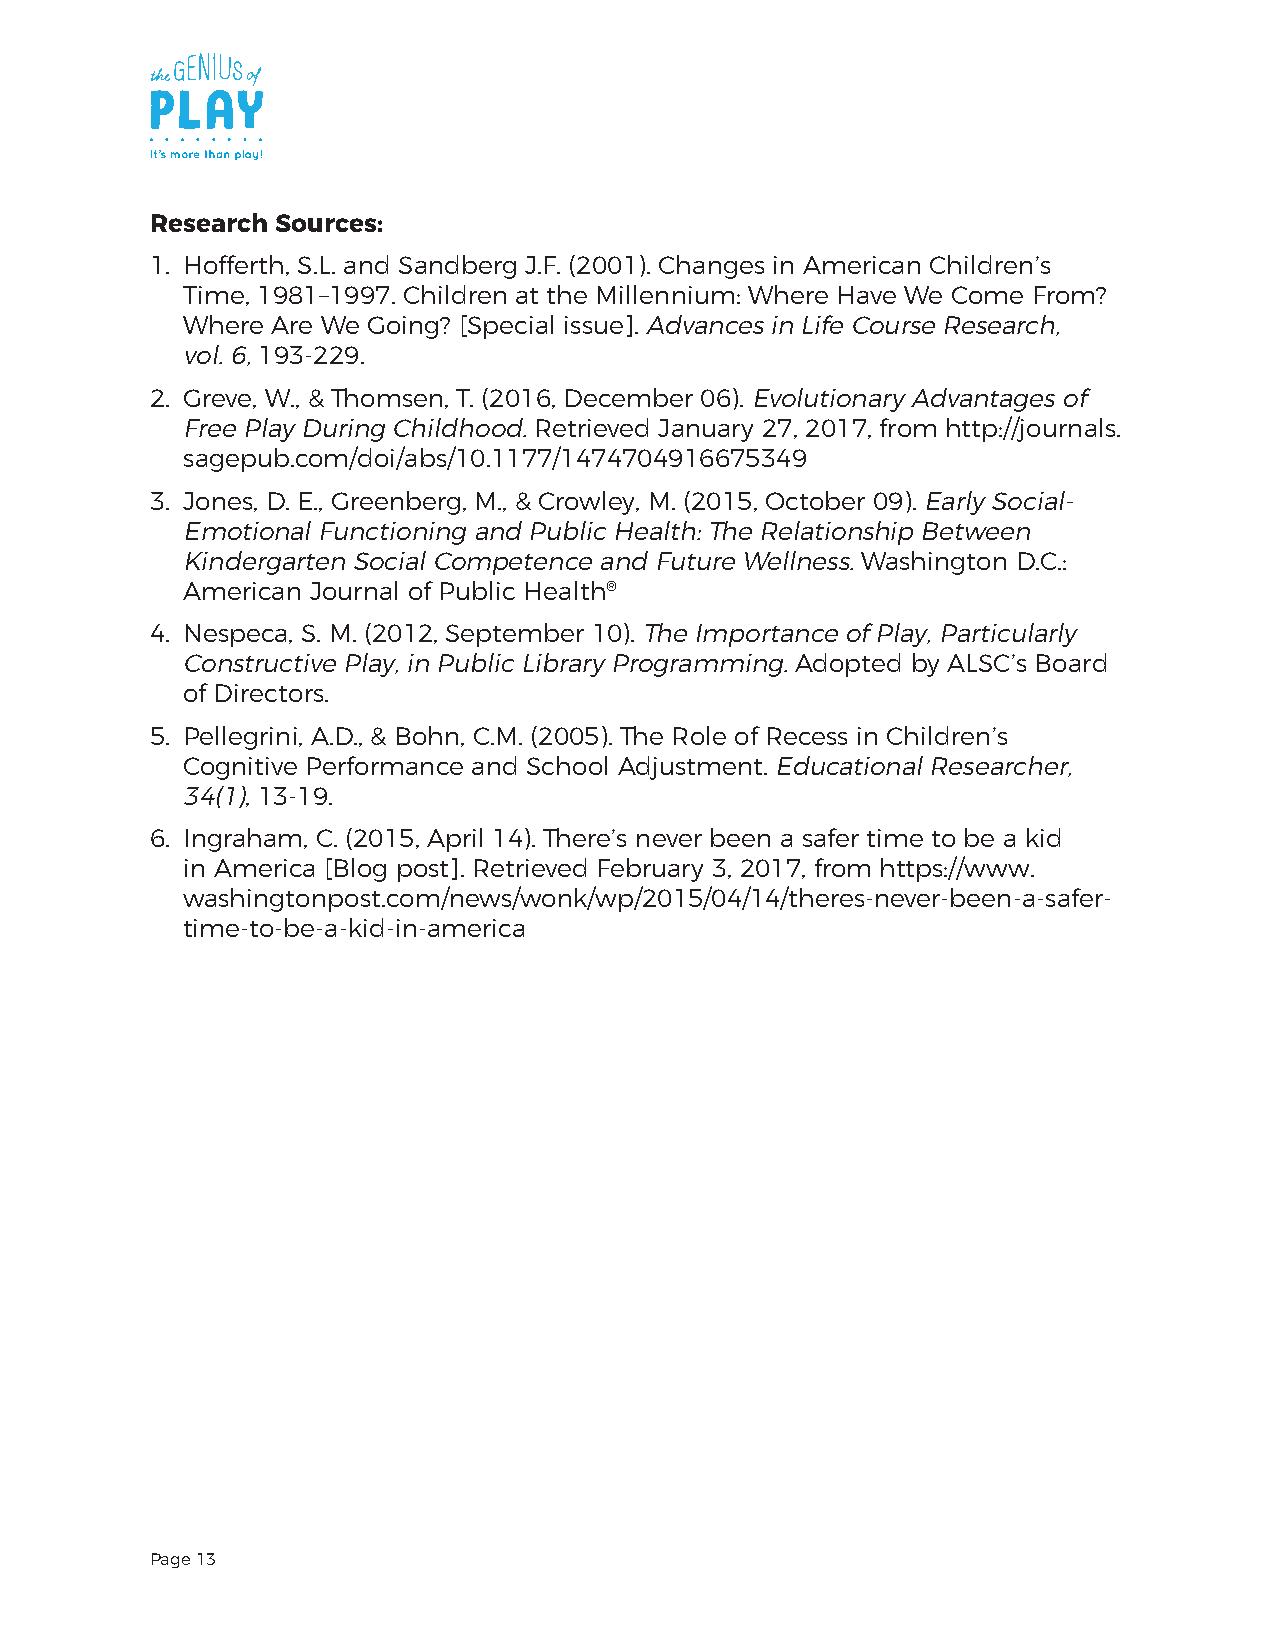
Research Sources:
 1. Hofferth, S.L. and Sandberg J.F. (2001). Changes in American Children’s
 Time, 1981–1997. Children at the Millennium: Where Have We Come From?
 Where Are We Going? [Special issue]. Advances in Life Course Research,
 vol. 6, 193-229.
 2. Greve, W., & Thomsen, T. (2016, December 06). Evolutionary Advantages of
 Free Play During Childhood. Retrieved January 27, 2017, from http://journals.
 sagepub.com/doi/abs/10.1177/1474704916675349
 3. Jones, D. E., Greenberg, M., & Crowley, M. (2015, October 09). Early Social-
 Emotional Functioning and Public Health: The Relationship Between
 Kindergarten Social Competence and Future Wellness. Washington D.C.:
 American Journal of Public Health®
 4. Nespeca, S. M. (2012, September 10). The Importance of Play, Particularly
 Constructive Play, in Public Library Programming. Adopted by ALSC’s Board
 of Directors.
 5. Pellegrini, A.D., & Bohn, C.M. (2005). The Role of Recess in Children’s
 Cognitive Performance and School Adjustment. Educational Researcher,
 34(1), 13-19.
 6. Ingraham, C. (2015, April 14). There’s never been a safer time to be a kid
 in America [Blog post]. Retrieved February 3, 2017, from https://www.
 washingtonpost.com/news/wonk/wp/2015/04/14/theres-never-been-a-safer-
 time-to-be-a-kid-in-america
 Page 13